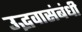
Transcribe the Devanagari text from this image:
उद्भवासंबंधी